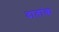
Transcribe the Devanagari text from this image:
दातांक